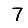
Digit: 7